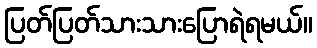
ပြတ်ပြတ်သားသားပြောရဲရမယ်။